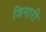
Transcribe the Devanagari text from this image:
जिनारी